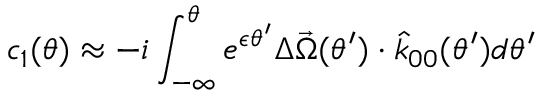
c _ { 1 } ( \theta ) \approx - i \int _ { - \infty } ^ { \theta } e ^ { \epsilon \theta ^ { \prime } } \Delta \vec { \Omega } ( \theta ^ { \prime } ) \cdot \hat { k } _ { 0 0 } ( \theta ^ { \prime } ) d \theta ^ { \prime }